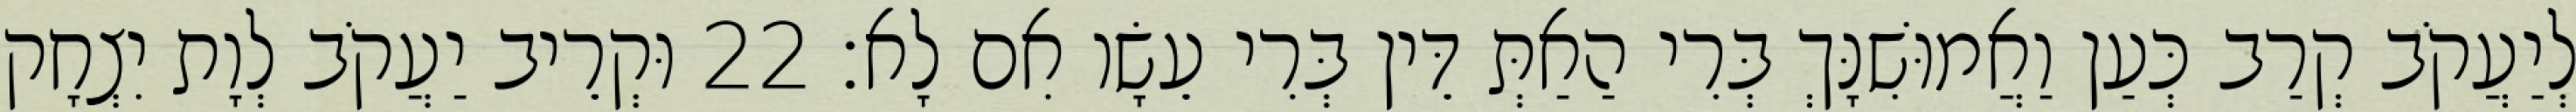
לְיַעֲקֹב קְרַב כְּעַן וַאֲמוּשִׁנָּךְ בְּרִי הַאַתְּ דֵּין בְּרִי עֵשָׂו אִם לָא׃ 22 וּקְרֵיב יַעֲקֹב לְוָת יִצְחָק